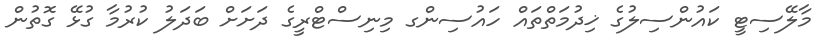
މާލޭސިޓީ ކައުންސިލުގެ ޚިދުމަތްތައް ހައުސިންގ މިނިސްޓްރީގެ ދަށަށް ބަދަލު ކުރުމާ ގުޅޭ ގޮތުން